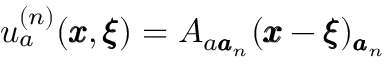
u _ { a } ^ { ( n ) } ( { \pmb x } , { \pmb \xi } ) = A _ { { a } { \pmb a } _ { n } } ( { \pmb x } - { \pmb \xi } ) _ { { \pmb a } _ { n } }